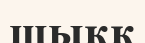
шыққ